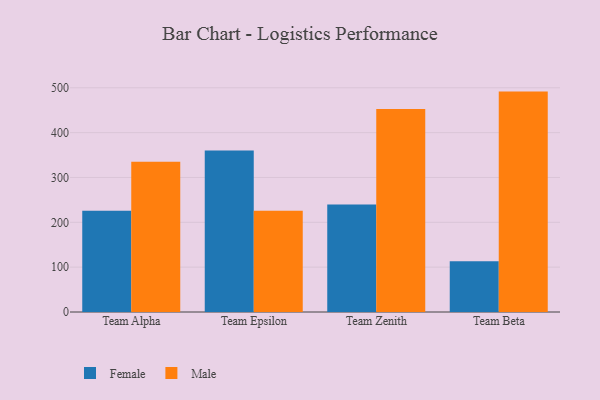
{"axis": {"x": "Team", "y": "Market Share (%)"}, "legend": ["Female", "Male"], "data": [{"x": "Team Alpha", "y": 226.0, "type": "Female"}, {"x": "Team Alpha", "y": 335.3, "type": "Male"}, {"x": "Team Epsilon", "y": 360.4, "type": "Female"}, {"x": "Team Epsilon", "y": 225.9, "type": "Male"}, {"x": "Team Zenith", "y": 239.7, "type": "Female"}, {"x": "Team Zenith", "y": 452.6, "type": "Male"}, {"x": "Team Beta", "y": 112.9, "type": "Female"}, {"x": "Team Beta", "y": 491.5, "type": "Male"}]}